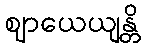
ဈာယေယျန္တိ